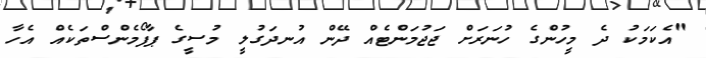
"އެކަމަކު ދެ މީހުންގެ ހުނަރަށް ޖަޖުމަންޓެއް ދޭން އުނދަގުލީ މުސީގެ ޕާފޯމެންސްތަކެއް އެހާ